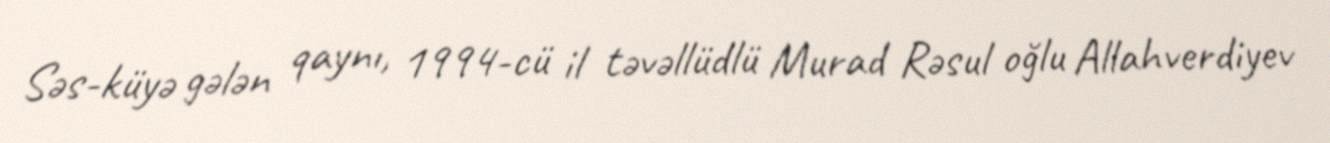
Səs-küyə gələn qaynı, 1994-cü il təvəllüdlü Murad Rəsul oğlu Allahverdiyev